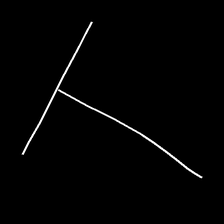
Glyph: column